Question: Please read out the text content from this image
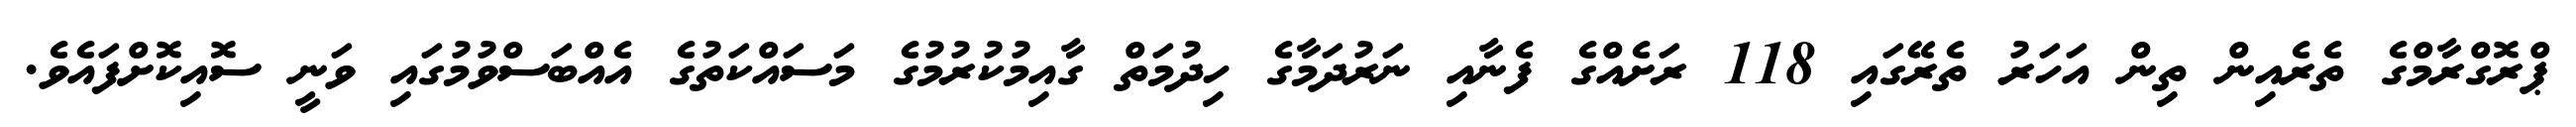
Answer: ޕްރޮގްރާމްގެ ތެރެއިން ތިން އަހަރު ތެރޭގައި 118 ރަށެއްގެ ފެނާއި ނަރުދަމާގެ ހިދުމަތް ގާއިމުކުރުމުގެ މަސައްކަތުގެ އެއްބަސްވުމުގައި ވަނީ ސޮއިކޮށްފައެވެ.